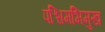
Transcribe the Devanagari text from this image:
पश्चिमभिमुख